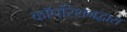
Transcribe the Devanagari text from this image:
कॉर्पोरेशनद्वारा